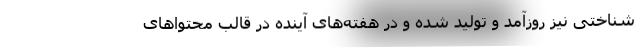
شناختی نیز روزآمد و تولید شده و در هفته‌های آینده در قالب محتواهای